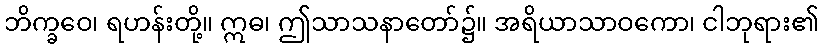
ဘိက္ခဝေ၊ ရဟန်းတို့။ ဣဓ၊ ဤသာသနာတော်၌။ အရိယာသာဝကော၊ ငါဘုရား၏